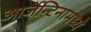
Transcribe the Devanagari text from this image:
आर्जेन्टिनामध्ये